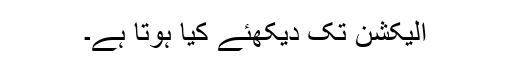
الیکشن تک دیکھئے کیا ہوتا ہے۔